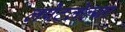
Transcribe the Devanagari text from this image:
लपेटलेल्या